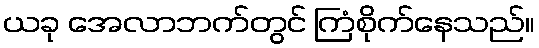
ယခု အေလာဘက်တွင် ကြံစိုက်နေသည်။